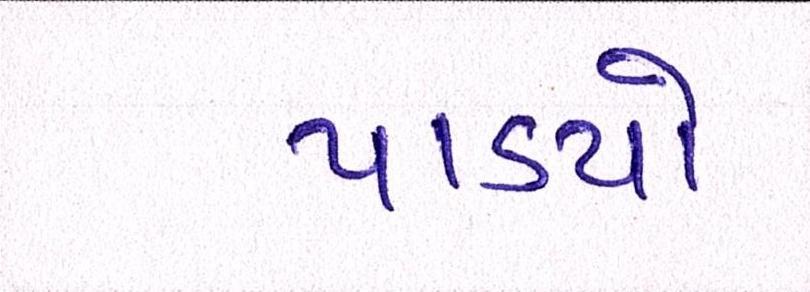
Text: પાડયો